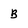
Character: B